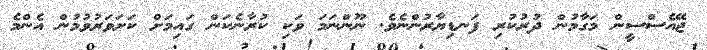
ޖޭއެސްސީން މަގާމުން ދުރުކުރި ފަނޑިޔާރުންނެވެ. ނޫންނަމަ ވަކި ކުރާނެކަން ގައިމަށް ކަށަވަރުވުމުން އެންމެ